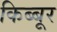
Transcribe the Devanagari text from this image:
किब्बूर